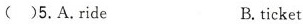
( )5.A.Ride B.ticket